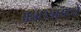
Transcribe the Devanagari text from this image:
अन्नछत्रामध्ये